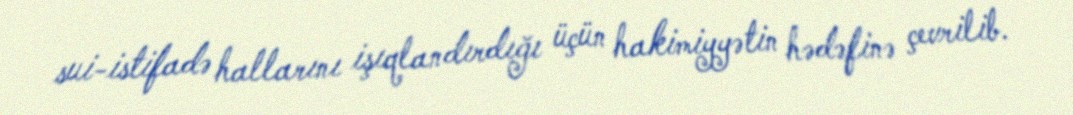
sui-istifadə hallarını işıqlandırdığı üçün hakimiyyətin hədəfinə çevrilib.